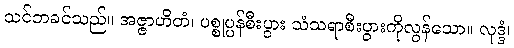
သင်ဘခင်သည်။ အဇ္ဇာဟိတံ၊ ပစ္စုပ္ပန်စီးပွား သံသရာစီးပွားကိုလွန်သော။ လုဒ္ဒံ၊